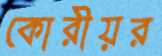
কোরীয়র